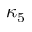
\kappa _ { 5 }